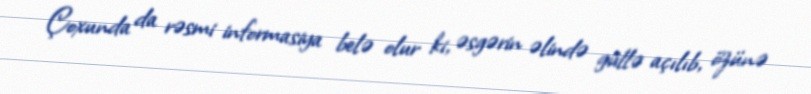
Çoxunda da rəsmi informasiya belə olur ki, əsgərin əlində güllə açılıb, özünə